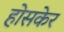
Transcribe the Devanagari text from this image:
होसकेर